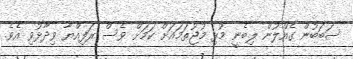
ސަބަބުން ގެއްލުން ލިބެނީ މުޅި މުޖުތަމައަށް ކަމަށް ވެސް ރަފިއްޔާ ވިދާޅުވި އެވެ.